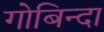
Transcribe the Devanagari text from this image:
गोबिन्दा